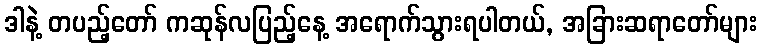
ဒါနဲ့ တပည့်တော် ကဆုန်လပြည့်နေ့ အရောက်သွားရပါတယ်, အခြားဆရာတော်များ